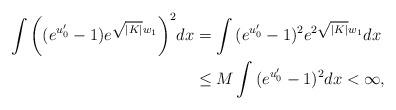
LaTeX: \begin{align*}\int{\bigg((e^{u_0'}-1)e^{\sqrt{|K|}w_1}\bigg)^2}dx&=\int{(e^{u_0'}-1)^2e^{2\sqrt{|K|}w_1}}dx\\&\leq M \int{(e^{u_0'}-1)^2}dx<\infty,\end{align*}